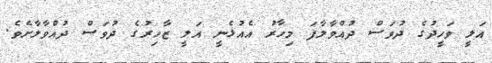
އަލީ ވަހީދުގެ ދުވަސް ދުއްވާލާފަ މިހާރު އެއުޅެނީ އަލީ ޒާހިރުގެ ދުވަސް ދުއްވާލާށެވެ.